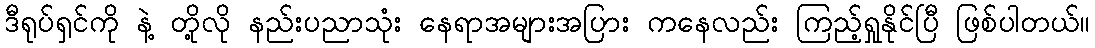
ဒီရုပ်ရှင်ကို နဲ့ တို့လို နည်းပညာသုံး နေရာအများအပြား ကနေလည်း ကြည့်ရှုနိုင်ပြီ ဖြစ်ပါတယ်။